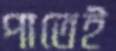
পাতেই